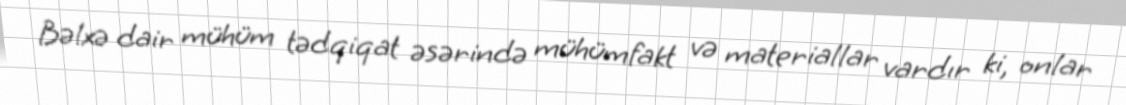
Bəlxə dair mühüm tədqiqat əsərində mühümfakt və materiallar vardır ki, onlar